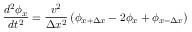
\frac { d ^ { 2 } \phi _ { x } } { d t ^ { 2 } } = \frac { v ^ { 2 } } { \Delta x ^ { 2 } } \left( \phi _ { x + \Delta x } - 2 \phi _ { x } + \phi _ { x - \Delta x } \right)